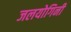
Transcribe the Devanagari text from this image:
जलयोगिनी